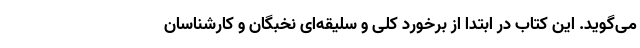
می‌گوید. این کتاب در ابتدا از برخورد کلی و سلیقه‌ای نخبگان و کارشناسان